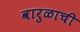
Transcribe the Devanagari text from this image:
वारुळाची